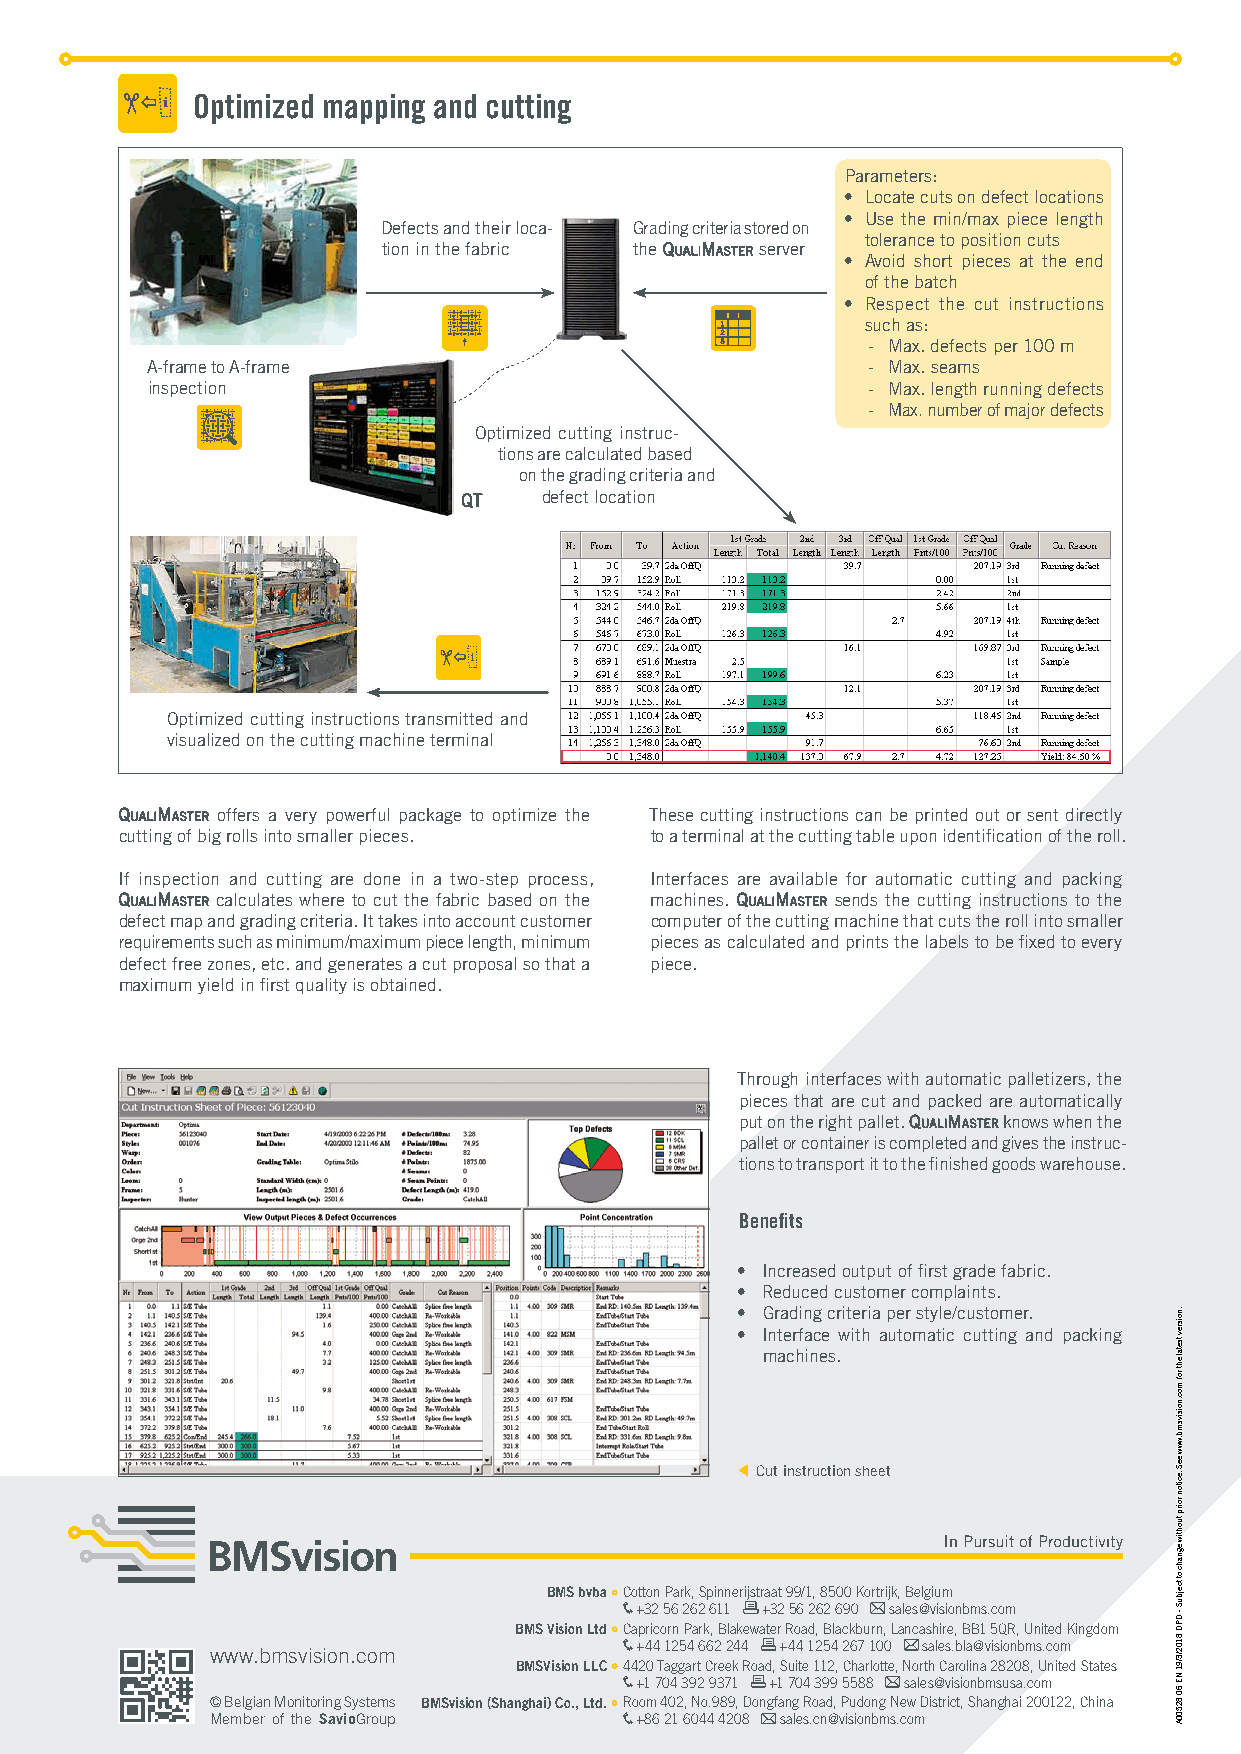
Optimized mapping and cutting
 Parameters:
 • Locate cuts on defect locations
 • Use the min/max piece length
 Defects and their loca- Grading criteria stored on
 tolerance to position cuts
 tion in the fabric the QualiMaster server
 • Avoid short pieces at the end
 of the batch
 • Respect the cut instructions
 1        such as:
 2
 3        - Max. defects per 100 m
 A-frame to A-frame                             - Max. seams
 inspection                                     - Max. length running defects
 - Max. number of major defects
 Optimized cutting instruc-
 tions are calculated based
 on the grading criteria and
 Qt   defect location
 Optimized cutting instructions transmitted and
 visualized on the cutting machine terminal
 QualiMaster offers a very powerful package to optimize the These cutting instructions can be printed out or sent directly
 cutting of big rolls into smaller pieces. to a terminal at the cutting table upon identification of the roll.
 If inspection and cutting are done in a two-step process, Interfaces are available for automatic cutting and packing
 QualiMaster calculates where to cut the fabric based on the machines. QualiMaster sends the cutting instructions to the
 defect map and grading criteria. It takes into account customer computer of the cutting machine that cuts the roll into smaller
 requirements such as minimum/maximum piece length, minimum pieces as calculated and prints the labels to be fixed to every
 defect free zones, etc. and generates a cut proposal so that a piece.
 maximum yield in first quality is obtained.
 Through interfaces with automatic palletizers, the
 pieces that are cut and packed are automatically
 put on the right pallet. QualiMaster knows when the
 pallet or container is completed and gives the instruc-
 tions to transport it to the finished goods warehouse.
 Benefits
 • Increased output of first grade fabric.
 • Reduced customer complaints.
 • Grading criteria per style/customer.
 • Interface with automatic cutting and packing
 machines.
 Cut instruction sheet
 BMS bvba Cotton Park, Spinnerijstraat 99/1, 8500 Kortrijk, Belgium
 +32 56 262 611 +32 56 262 690 sales@visionbms.com
 BMS Vision Ltd Capricorn Park, Blakewater Road, Blackburn, Lancashire, BB1 5QR, United Kingdom
 +44 1254 662 244 +44 1254 267 100 sales.bla@visionbms.com
 www.bmsvision.com
 BMSVision LLC 4420 Taggart Creek Road, Suite 112, Charlotte, North Carolina 28208, United States
 +1 704 392 9371 +1 704 399 5588 sales@visionbmsusa.com
 © Belgian Monitoring Systems BMSvision (Shanghai) Co., Ltd. Room 402, No.989, Dongfang Road, Pudong New District, Shanghai 200122, China
 Member of the SavioGroup    +86 21 6044 4208 sales.cn@visionbms.com
 .noisrev
 tsetal
 eht
 rof
 moc.noisivsmb.www
 eeS
 .eciton
 roirp
 tuohtiw
 egnahc
 ot
 tcejbuS
 - DPD
 8102/3/91
 NE
 60
 82500A